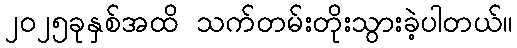
၂၀၂၅ခုနှစ်အထိ သက်တမ်းတိုးသွားခဲ့ပါတယ်။